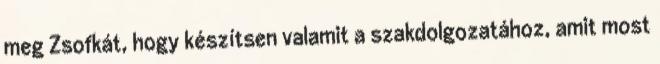
meg Zsofkát, hogy készítsen valamit a szakdolgozatához, amit most